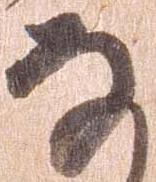
な